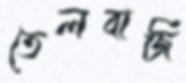
তেলবাজি